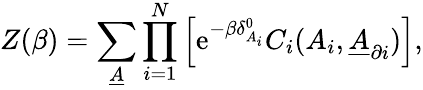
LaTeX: Z(\beta)=\sum_{\underline{{A}}}\prod_{i=1}^{N}\left[\mathrm{e}^{-\beta\delta_{A_{i}}^{0}}C_{i}(A_{i},\underline{{A}}_{\partial i})\right],